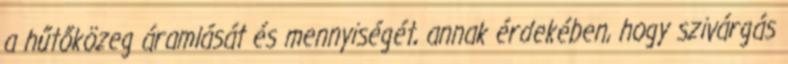
a hűtőközeg áramlását és mennyiségét, annak érdekében, hogy szivárgás